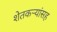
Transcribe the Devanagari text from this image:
शेतकर्‍यांसह